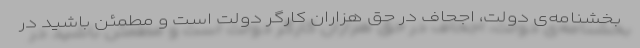
بخشنامه‌ی دولت، اجحاف در حق هزاران کارگر دولت است و مطمئن باشید در